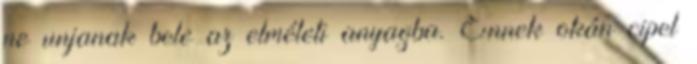
ne unjanak bele az elméleti anyagba. Ennek okán cipel